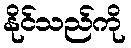
နိုင်သည်ကို